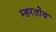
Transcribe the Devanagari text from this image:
म्हरतोय